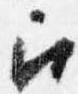
召